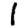
Digit: 1